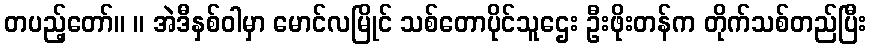
တပည့်တော်။ ။ အဲဒီနှစ်ဝါမှာ မောင်လမြိုင် သစ်တောပိုင်သူဌေး ဦးဖိုးတန်က တိုက်သစ်တည်ပြီး